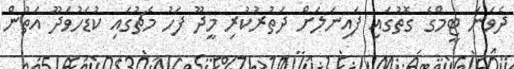
ދެވަނަ ޓީމްގެ ގޮތުގައި ފައިނަލަށް ދަތުރުކުރި މީދޫ ފަހު މެޗުގައި ކުޑަހުވަދޫ އަތުން